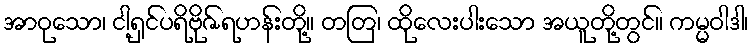
အာဝုသော၊ ငါ့ရှင်ပရိဗိုဇ်ရဟန်းတို့။ တတြ၊ ထိုလေးပါးသော အယူတို့တွင်။ ကမ္မဝါဒါ၊